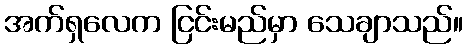
အက်ရှလေက ငြင်းမည်မှာ သေချာသည်။